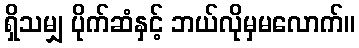
ရှိသမျှ ပိုက်ဆံနှင့် ဘယ်လိုမှမလောက်။